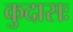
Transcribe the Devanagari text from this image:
कुदासः